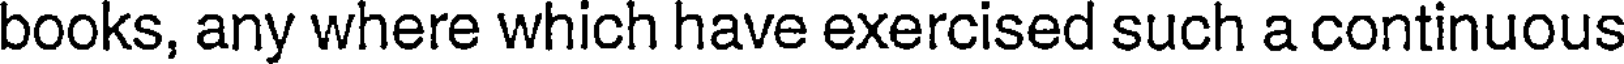
books, any where which have exercised such a continuous